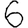
Digit: 6